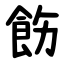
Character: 飭